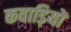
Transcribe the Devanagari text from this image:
कवाड़ियों